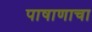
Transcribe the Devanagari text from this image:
पाषाणाचा